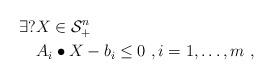
LaTeX: \begin{align*}\exists? &X \in \mathcal{S}_{+}^{n} \\ &A_{i} \bullet X - b_{i} \le 0 ~, i=1,\ldots,m ~,\end{align*}